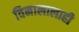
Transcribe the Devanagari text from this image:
विमालालाही